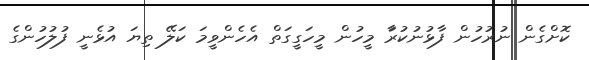
ކޮށްގެން ނުރުހުން ފާޅުނުކުރަާ މީހުން މީހަގީގަތް އެހެންވީމަ ކަލޭ ތިޔަ އުޅެނީ ފުލުހުންގެ